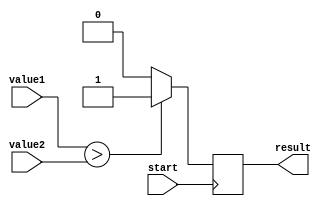
module greater_than_comparator (
    input [7:0] value1,
    input [7:0] value2,
    input start,
    output result
);

reg result;

always @ (posedge start) begin
    if (value1 > value2)
        result <= 1'b1;
    else
        result <= 1'b0;
end

endmodule